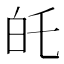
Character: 𭽉